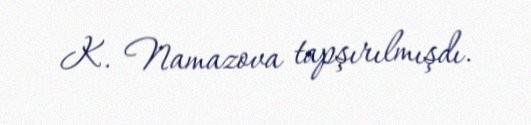
K. Namazova tapşırılmışdı.